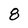
Character: 8